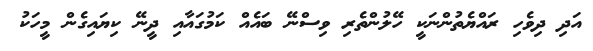
އަދި ދިވެހި ރައްޔެތުންނަކީ ހޭލުންތެރި ވިސްނޭ ބައެއް ކަމުގައާއި ދީނޭ ކިޔައިގެން މީހަކު